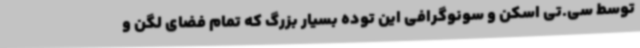
توسط سی.تی اسکن و سونوگرافی این توده بسیار بزرگ که تمام فضای لگن و